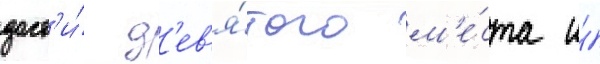
дост'и́г д'ев'я́того м'е́ста и́